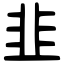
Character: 韭